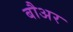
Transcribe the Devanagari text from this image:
बौअर